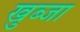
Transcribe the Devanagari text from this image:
खुब्जा